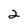
Character: 2